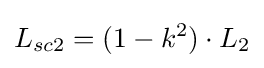
L_{sc2}=(1-k^{2})\cdot {L_{2}}